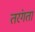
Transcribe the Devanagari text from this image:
तरंगता